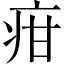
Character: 疳